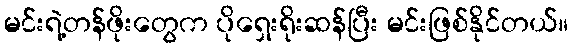
မင်းရဲ့တန်ဖိုးတွေက ပိုရှေးရိုးဆန်ပြီး မင်းဖြစ်နိုင်တယ်။